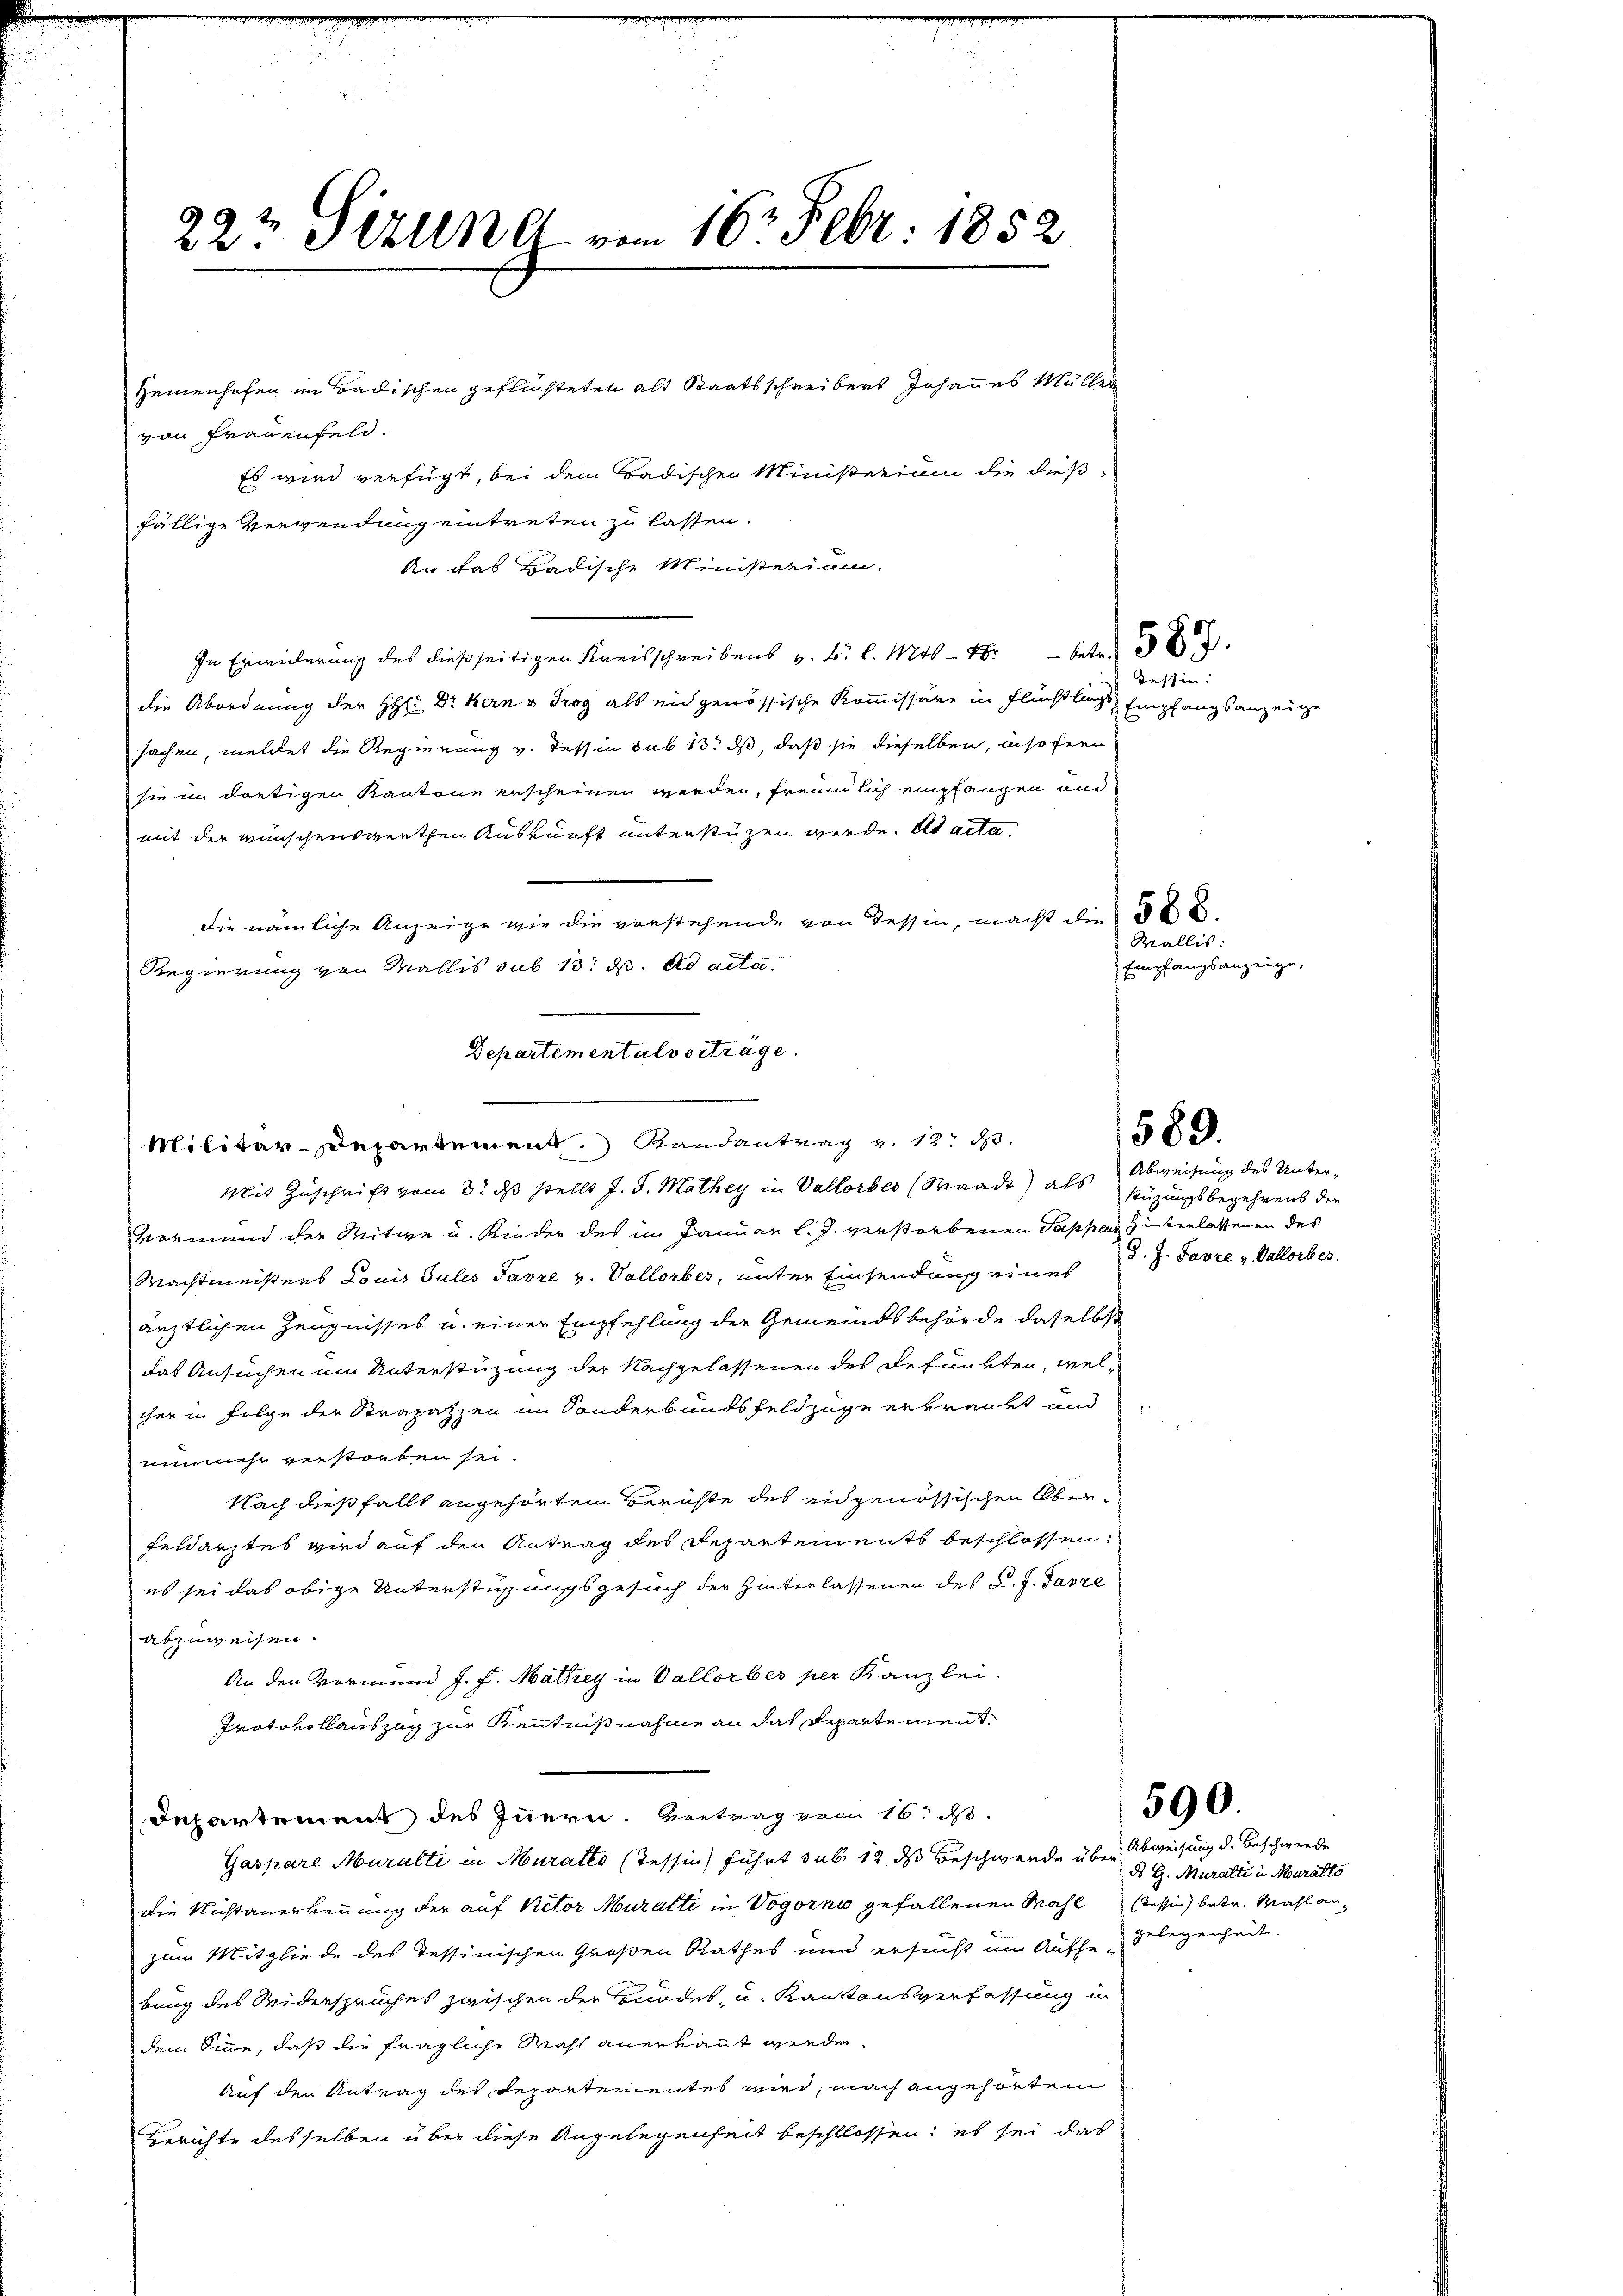
Departementalverträge.
Militär-Departement. Randantrag v. 12. d.

22½ Sizung vom 16. Febr. 1882

Mit Zuschrift vom 3t d stellt J. J. Mathey in Vallorbes Waadt) als stüzungsbegehrens der
vormund der Mitwe u. Kinder des im Januar l. J. verstorbenen Pappard interlassenen des
Machtmeisters Louis Tules Favre v. Vallorber, unter Einsendung eines
ärztlichen Zeugnisses u. einer Empfehlung der Gemeindsbehörde daselbst
das Ansuchen um Unterstüzung der Nachgelassenen des Refunkten, welcher in Folge der Strapazzen im Sonderbundsfeldzüge erkrankt und
unmehr verstorben sei.
Nach dießfalls angehörten Berichte des eidgenössischen Ober¬
Feldarztes wird auf den Antrag des Departements beschlossen:
es sei das obige Unterstüssungsgesuch der Hinterlassenen des C. J. Parze
abzuweisen.
An den Vormund J. J. Mathey in Vallorber per Kanzlei.
Protokollauszug zur Kenntnißnahme an das Departement,
Departement des Innern. Vortrag vom 16. ds.
Gaspare Muralti in Muralto (Tessin führt sub 12 ds Beschwerde über Abweisung d. Beschwerde
die Nichtanerkennung der auf Victor Muralti in Vogorno gefallenen Wahl Tessin betr. Mahl anzum Mitgliede des Tessinischen Großen Rathes und ersucht um Aufhelegenheit.
bung des Widerspruches zwischen der Gnodes- u. Kantonsverfassung in
dem Sinne, daß die fragliche Wahl anerkaut werden.
Auf den Antrag des Departementes wird, nach angehörtem
Berichte desselben über diese Angelegenheit beschlossen; es sei das

Heinenhofen im Badischen geflüchteten alt Staatsschreibers Johannes Müller
von Frauenfeld.
Es wird verfügt, bei dem Badischen Ministerium die deßfällige Verwendung eintreten zu lassen.
An das Badische Ministerium.
In Erwiderung des dießseitigen Kreisschreibens z. B. l. 114 - 18 betr.
die Abordnung der H: Dr. Kern & Trog als eidgenössische Kommissäre in Flüchtlings Empfangsanzeige
sachen, meldet die Regierung v. Tessin sub 13. ds, daß sie dieselben, insofern
sie in dortigen Kantone erscheinen werden, freulich empfangen und
mit der wünschenswerthen Auskunft unterstüzen werde. Ab acta
die nämliche Anzeige wie die vorstehende von Tessin, macht die § 68
Regierung von Wallis sub 13. ds. ad acte.

Tessin:

Wallis:
Empfangsanzeige,

1589.

Abweisung des Unterd. J. Favre v. Vallorber.

590.

ds G. Muralti in Muralto